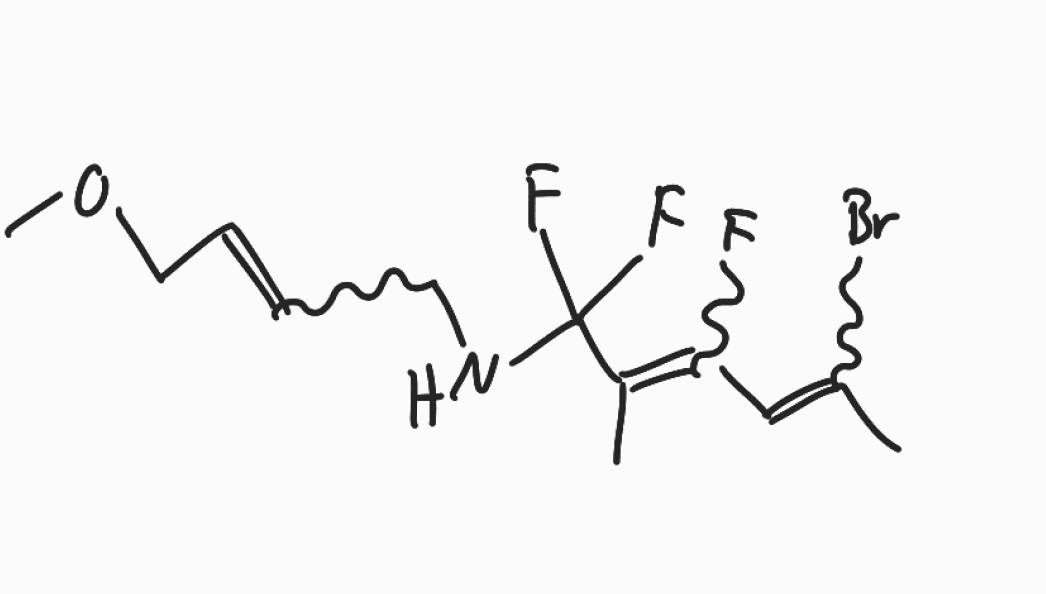
Simplified molecular-input line-entry system (SMILES) notation of the given molecule:
CC(=CC(=C(C)C(NCC=CCOC)(F)F)F)Br